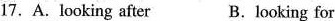
17. A.looking after B.Looking for